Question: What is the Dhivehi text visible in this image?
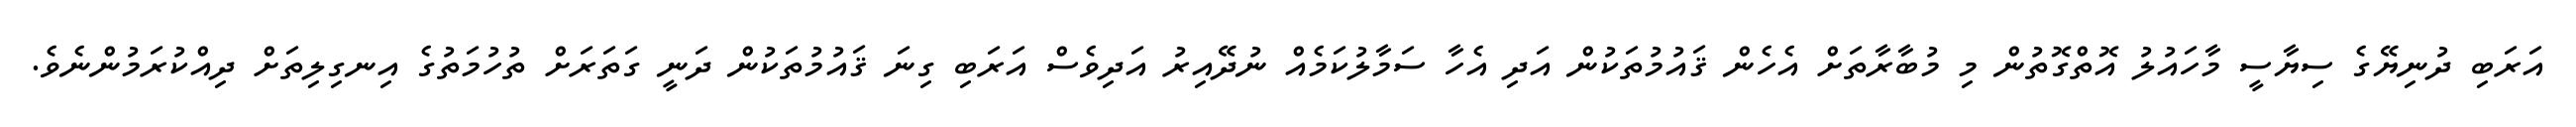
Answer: އަރަބި ދުނިޔޭގެ ސިޔާސީ މާހައުލު އޮތްގޮތުން މި މުބާރާތަށް އެހެން ޤައުމުތަކުން އަދި އެހާ ސަމާލުކަމެއް ނުދޭއިރު އަދިވެސް އަރަބި ގިނަ ޤައުމުތަކުން ދަނީ ގަތަރަށް ތުހުމަތުގެ އިނގިލިތަށް ދިއްކުރަމުންނެވެ.